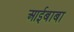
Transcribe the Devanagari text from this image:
आईबाबा